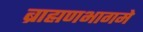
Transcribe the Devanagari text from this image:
ब्राह्मणभागमे